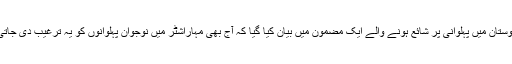
اسی طرح ’دی ہندو‘ اخبار میں ہندوستان میں پہلوانی پر شائع ہونے والے ایک مضمون میں بیان کیا گیا کہ آج بھی مہاراشٹر میں نوجوان پہلوانوں کو یہ ترغیب دی جاتی ہے کہ وہ ’گاما پہلوان جیسا بنیں۔